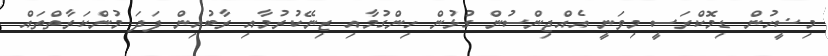
މިޟީހުން ޑިމޮކްރަސީ މިވަނީ އެއްޖިންސުން ގުޅުން ހިންގުމާއި ޒިނޭކުރުމާއި ރާބުއިން ފަދަ މުންކަރާތްތައް